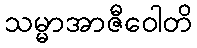
သမ္မာအာဇီဝေါတိ